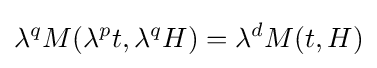
\lambda ^{q}M(\lambda ^{p}t,\lambda ^{q}H)=\lambda ^{d}M(t,H)